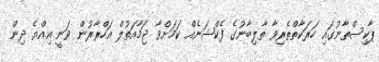
ޕާކިސްތާނުގައި ހަރަކާތްތެރިވާ ތާލިބާނުގެ ފެކްޝަނެއް ކަމަށްވާ ޖަމާއަތުލް އަހްރާރުން ވަނީ އިއްޔެ ދިން